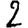
Digit: 2